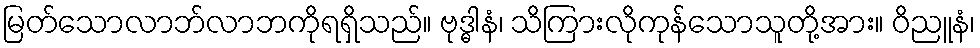
မြတ်သောလာဘ်လာဘကိုရရှိသည်။ ဗုဒ္ဓါနံ၊ သိကြားလိုကုန်သောသူတို့အား။ ဝိညူနံ၊